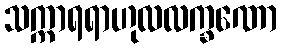
သက္ကာရရာဟုလလက္ခဏော